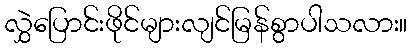
လွှဲပြောင်းဖိုင်များလျင်မြန်စွာပါသလား။